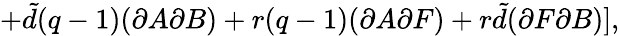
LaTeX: +{\tilde{d}}(q-1)(\partial A\partial B)+r(q-1)(\partial A\partial F)+r{\tilde{d}}(\partial F\partial B)],